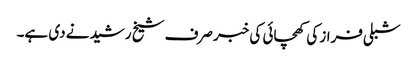
شبلی فراز کی کھچائی کی خبر صرف شیخ رشید نے دی ہے۔